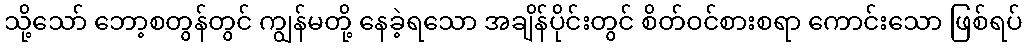
သို့သော် ဘော့စတွန်တွင် ကျွန်မတို့ နေခဲ့ရသော အချိန်ပိုင်းတွင် စိတ်ဝင်စားစရာ ကောင်းသော ဖြစ်ရပ်